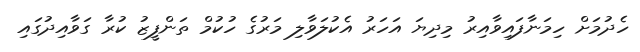
ހެދުމަށް ހިމަނާފައިވާއިރު މިދިޔަ އަހަރު އެކުލަވާލި މަރުގެ ހުކުމް ތަންފީޒު ކުރާ ގަވާއިދުގައި